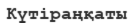
Күтіраңқаты